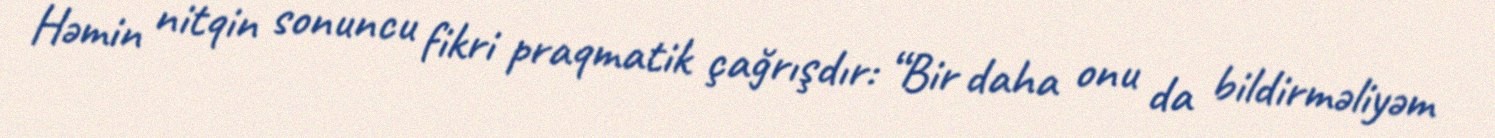
Həmin nitqin sonuncu fikri praqmatik çağrışdır: “Bir daha onu da bildirməliyəm